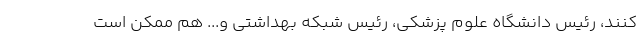
‌کنند، رئیس دانشگاه علوم پزشکی، رئیس شبکه بهداشتی و... هم ممکن است